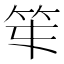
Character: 𥫻